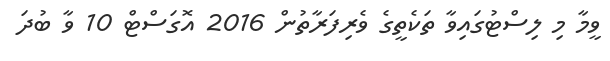
ވީމާ މި ލިސްޓުގައިވާ ތަކެތީގެ ވެރިފަރާތުން 2016 އޮގަސްޓް 10 ވާ ބުދަ